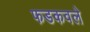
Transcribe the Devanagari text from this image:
फडकवले